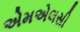
એમએલસી